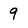
Character: 9